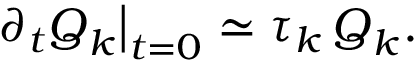
\left. \partial _ { t } \boldsymbol { Q } _ { k } \right| _ { t = 0 } \simeq \tau _ { k } \, \boldsymbol { Q } _ { k } .